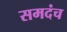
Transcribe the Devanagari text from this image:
समदंच